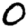
Digit: 0